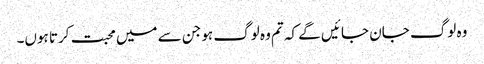
وہ لوگ جان جا ئیں گے کہ تم وہ لوگ ہو جن سے میں محبت کرتا ہوں۔